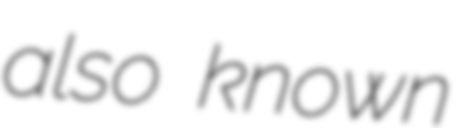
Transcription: also known